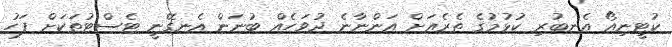
ކުޓީނިއޯ އެނބުރި ކުޅުމުގެ ތެރެއަށް އަންނާނެ ދުވަހެއް ބުނަން އެނގޭނީ ޓެސްޓުތަކަށް ފަހު